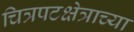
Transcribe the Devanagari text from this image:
चित्रपटक्षेत्राच्या